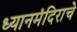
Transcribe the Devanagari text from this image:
ध्यानमंदिराचे